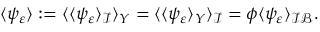
\begin{array} { r } { \langle \psi _ { \varepsilon } \rangle : = \langle \langle \psi _ { \varepsilon } \rangle _ { \mathcal I } \rangle _ { Y } = \langle \langle \psi _ { \varepsilon } \rangle _ { Y } \rangle _ { \mathcal I } = \phi \langle \psi _ { \varepsilon } \rangle _ { \mathcal { I B } } . } \end{array}